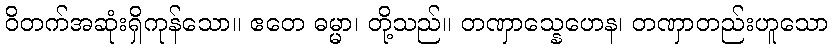
ဝိတက်အဆုံးရှိကုန်သော။ ဧတေ ဓမ္မာ၊ တို့သည်။ တဏှာသ္နေဟေန၊ တဏှာတည်းဟူသော